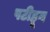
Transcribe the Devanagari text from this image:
पटीहून